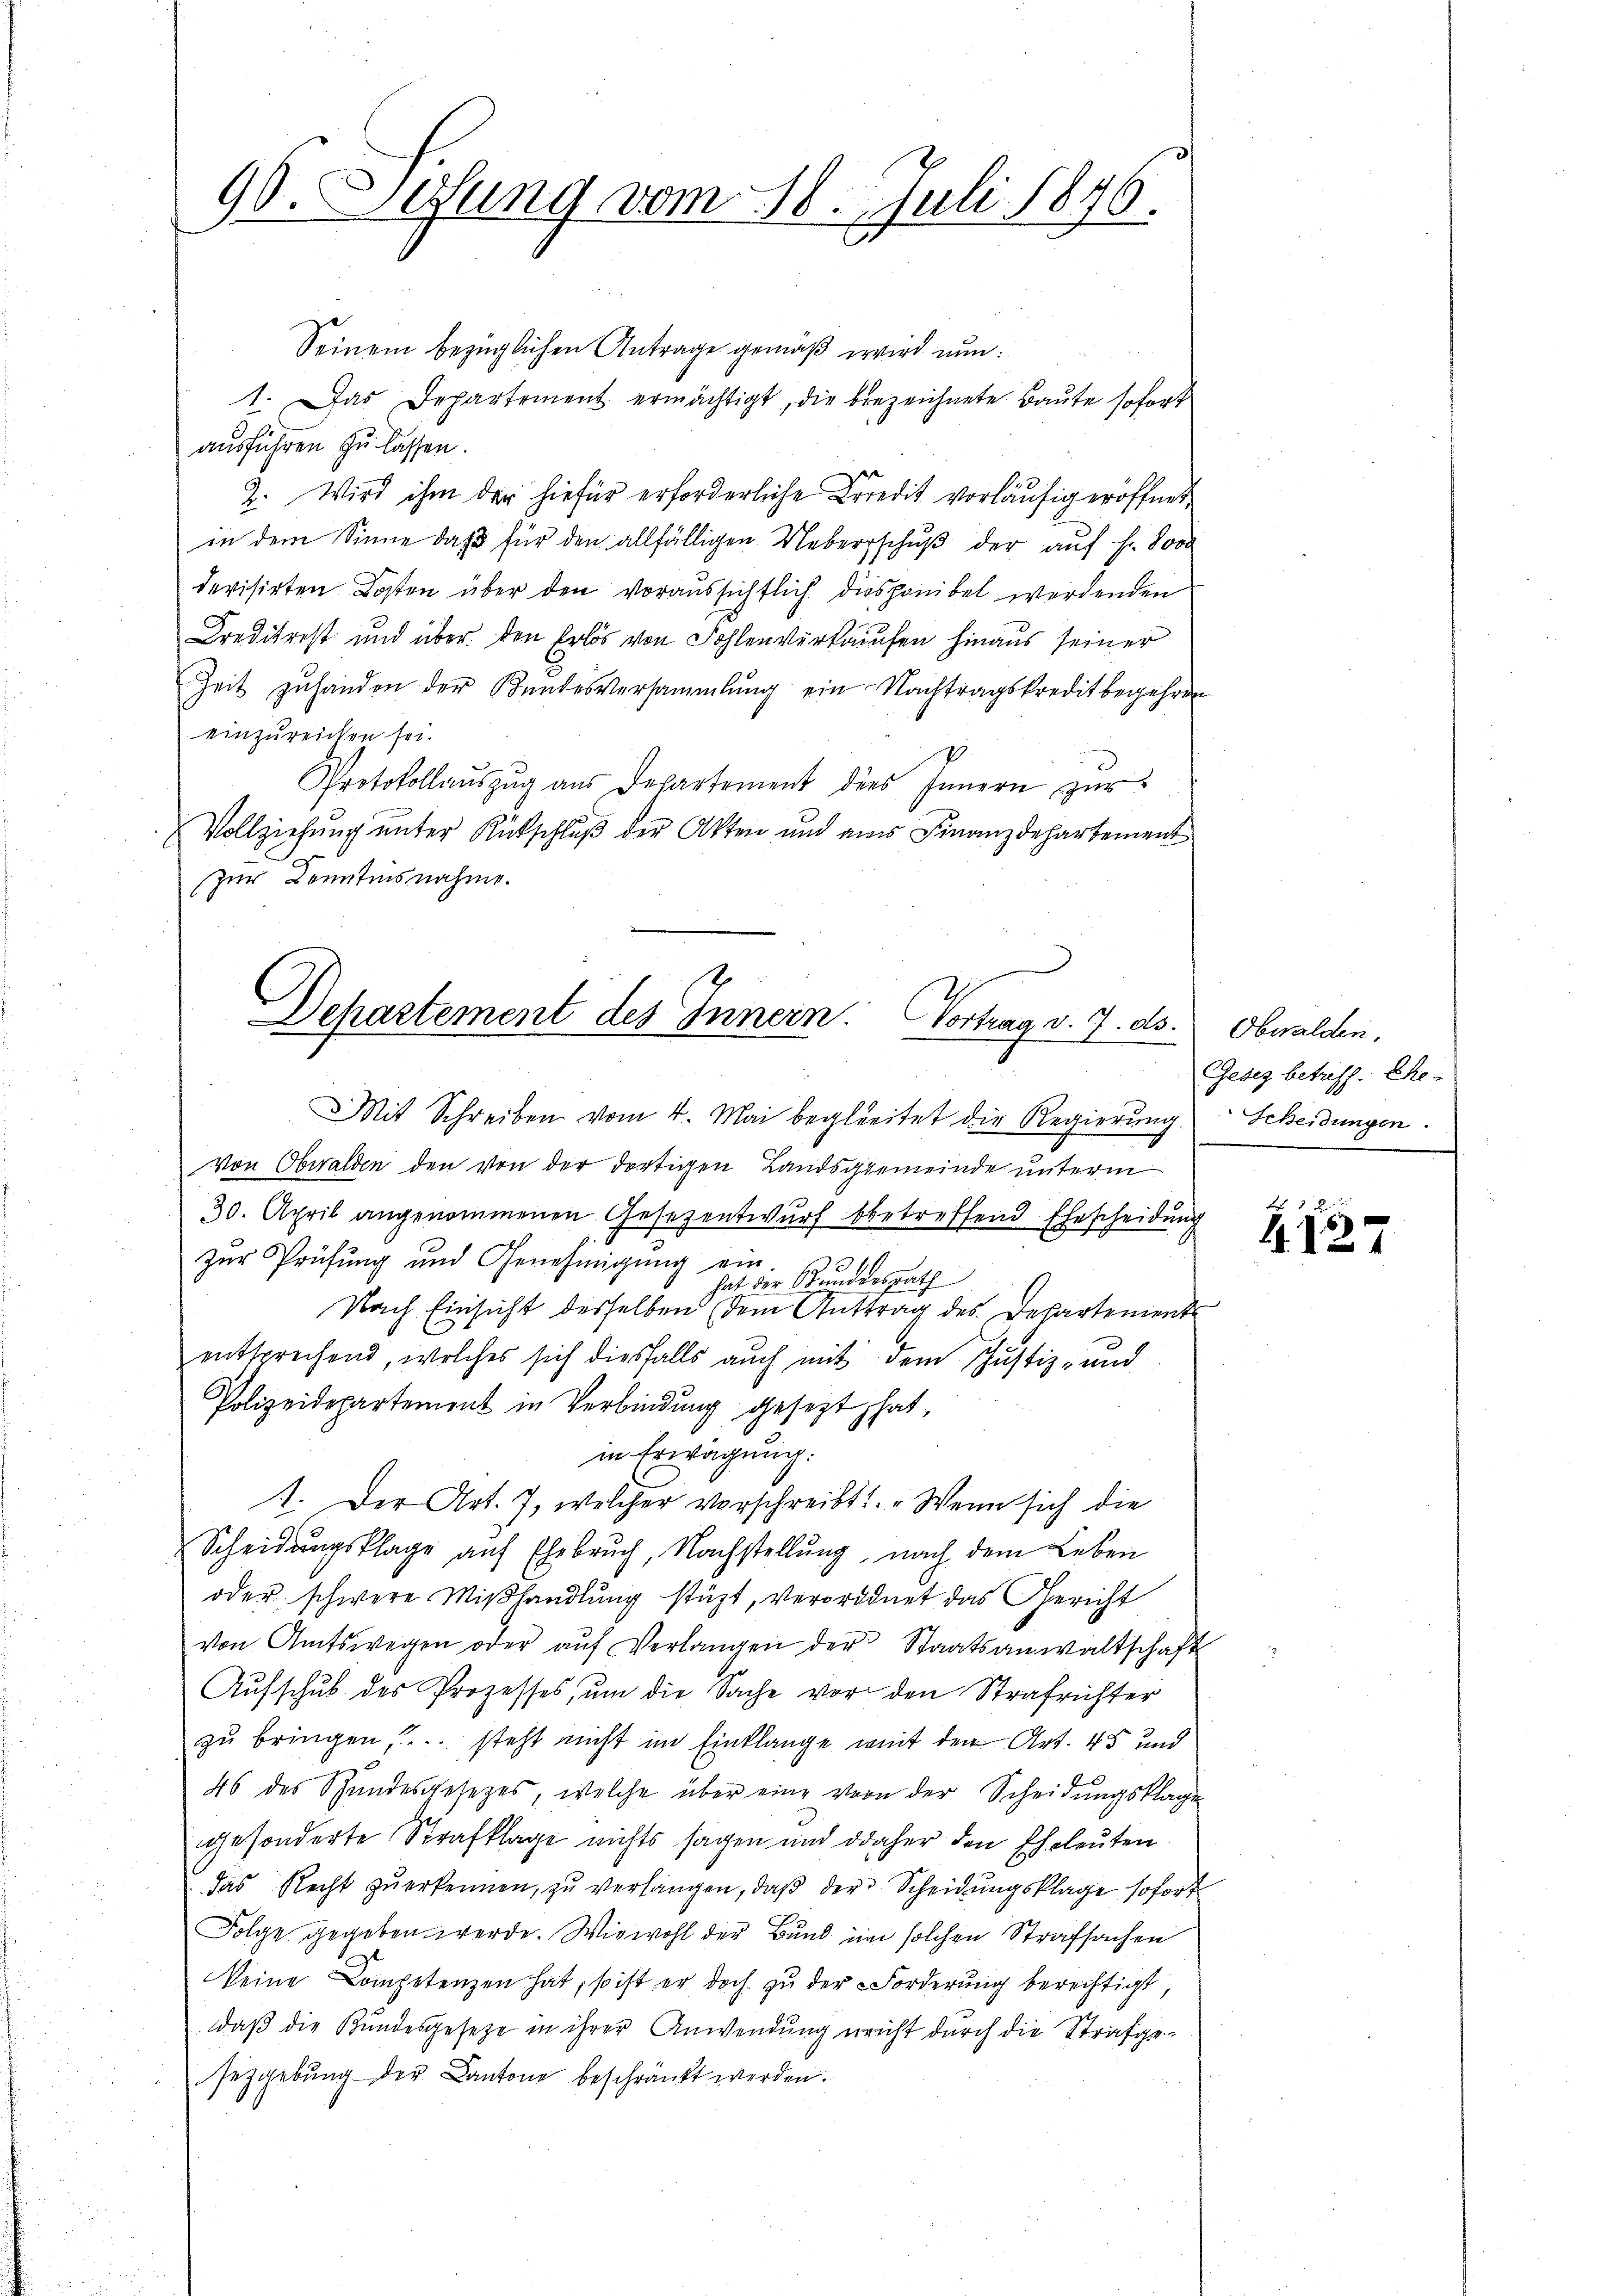
90. Gesung vom 18. Juli 1846.

Seinem bezüglichen Antrage gemäß wird nun:
1. Das Departement ermächtigt, die bezeichnete Baute sofort
ausführen zu lassen.
2. Wird ihm der hiefür erforderliche Credit vorläufig eröffnet,
in dem Sinne daβ für den allfälligen Uebersschŭβ der auf Fr. Soo
devisirten Kosten über den voraussichtlich disponibel werdenden
Kreditrest und über den Erlös von Sohlenverkaufen hinaus seiner
Zeit zuhanden der Bundesversammlung ein Nachtragskredit begehren
einzureichen sei.
Protokollaŭszŭg aŭs Departement dies Innern zŭr
Vollziehung unter Rückschluß der Akten und am Finanzdepartement
zur Kenntinsnahme.

Dekastement des Innern. Vortrag v. 7. ds. Obwalden.

Mit Schreiben vom 4. Mai begleitet die Regierung Scheidungen.
Von Obwalden den von der dortigen Landsgemeinde unterm
30. April angenommenen Gesezentwurf betreffend Ehescheidung
zur Prüfung und Genehmigŭng ein
hat der Bundesrath
Nach Einsicht desselben dem Anttrag des Departements
entsprechend, welches sich diesfalls auch mit dem Justiz- und
Polizeidepartement in Verbindung gesezt hat,
in Erwägung:
11. Der Art. 7, welcher vorschreibt: „Wenn sich die
Scheidungsklage auf Ehebruch, Nachstellung, nach dem Leben
oder schwere Miβhandlung stüzt, verordnet das Gericht
von Amtswegen oder aŭf Verlangen der Staatsanwaltschaft
Aufschub des Prozesses, um die Sache vor den Strafrichter
zu bringen ... steht nicht im Einklange weit den Art. 45 und
46 des Stundesgesetzes, welche über eine vorn der Scheidungsklage
gesonderte Strafklage nichts sagen und daher den Eheleuten
das Recht zŭ erkennen, zŭ verlangen, daβ der Scheidŭngsklage sofort
Folge gegeben werde. Wiewohl der Bund im solchen Strafsachen
keine Competenzen hat, so ist er doch zŭ der Forderung berechtigt,
daß die Bundesgesetze in ihrer Anwendung ericht durch die Strafgeseggebŭng der Cantone beschränkt werden.

Gesez betreff. Ehe-

F 1
4.127